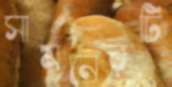
সামনেরটি